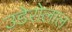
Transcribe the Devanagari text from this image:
उडेरोलाल